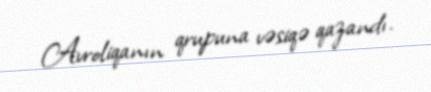
Avroliqanın qrupuna vəsiqə qazandı.